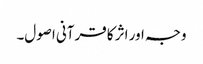
وجہ اور اثر کا قرآنی اصول۔